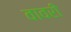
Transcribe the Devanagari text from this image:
वावरी